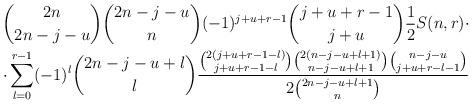
LaTeX: \begin{align*}\binom{2n}{2n-j-u}\binom{2n-j-u}{n}(-1)^{j+u+r-1}\binom{j+u+r-1}{j+u}\frac{1}{2}S(n,r)\cdot\\\cdot\sum_{l=0}^{r-1}(-1)^l\binom{2n-j-u+l}{l}\frac{\binom{2(j+u+r-1-l)}{j+u+r-1-l}\binom{2(n-j-u+l+1)}{n-j-u+l+1}\binom{n-j-u}{j+u+r-l-1}}{2\binom{2n-j-u+l+1}{n}}\end{align*}